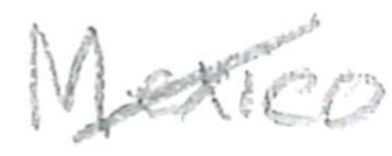
Text: Mexico
Cross-out: diagonal
Writing tool: pencil